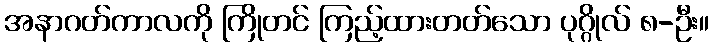
အနာဂတ်ကာလကို ကြိုတင် ကြည့်ထားတတ်သော ပုဂ္ဂိုလ် ၈-ဦး။